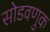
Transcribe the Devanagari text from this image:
सोडवणुक